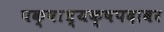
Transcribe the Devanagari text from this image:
पक्षाध्यक्षपदावर